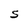
Character: S